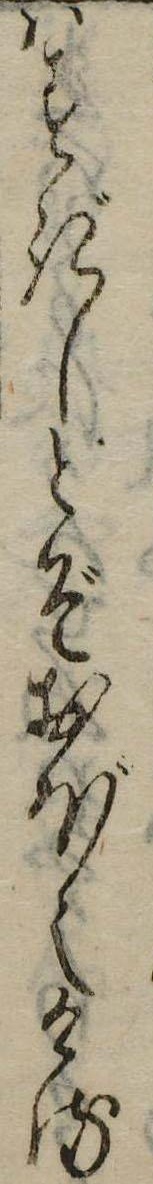
はすぎしとぞおぼえける